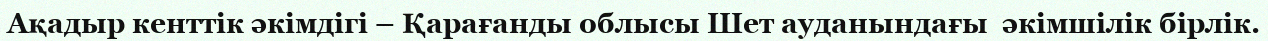
Ақадыр кенттік әкімдігі – Қарағанды облысы Шет ауданындағы  әкімшілік бірлік.